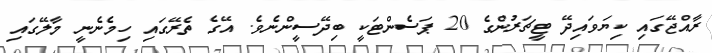
ރާއްޖޭގައި ކިޔަވައިދޭ ޓީޗަރުންގެ 20 ޕަސެންޓަކީ ބިދޭސީންނެވެ. އޭގެ ތެރޭގައި ހިމެނެނީ މާލޭގައި